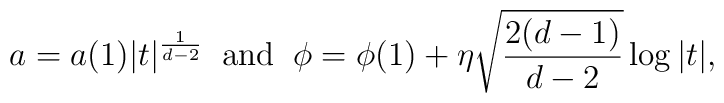
a= a(1) |t|^{\frac{1}{d-2}} \; \;  {\rm and} \; \; \phi= \phi(1) + \eta\sqrt{\frac{2(d-1)}{d-2}} \, {\rm log}\, |t|,